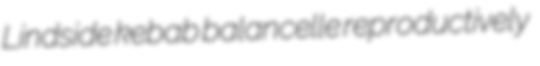
Lindside kebab balancelle reproductively